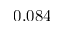
0 . 0 8 4